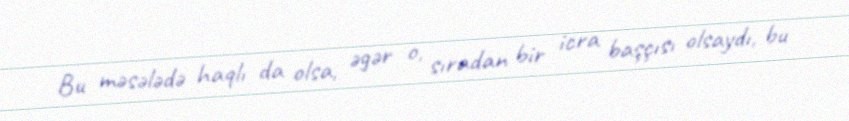
Bu məsələdə haqlı da olsa, əgər o, sıradan bir icra başçısı olsaydı, bu